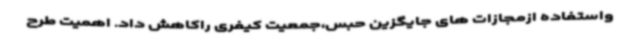
واستفاده ازمجازات های جایگزین حبس،جمعیت کیفری راکاهش داد. اهمیت طرح